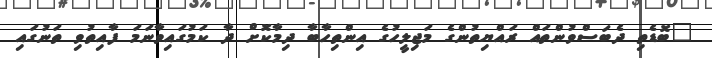
"ބޮޑެތި ދެބަސްވުންތައް ރައްޔިތުންގެ މަޖިލީހުގެ އިންތިހާބާ ދިމާކޮށް ދާ ކަމުގައިވާނަމަ ފާއިތުވި ތަނުގައި